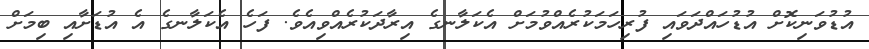
އުޑުވަނިކޮށް އުޑުހައްދަވައި ފުރިހަމަކުރެއްވުމަށް އެކަލާނގެ އިރާދަކުރެއްވިއެވެ. ފަހެ އެކަލާނގެ އެ އުޑަށާއި ބިމަށް